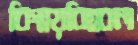
বিস্ময়বিহ্বল